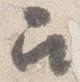
召